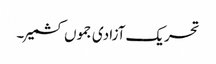
تحریک آزادی جموں کشمیر ۔